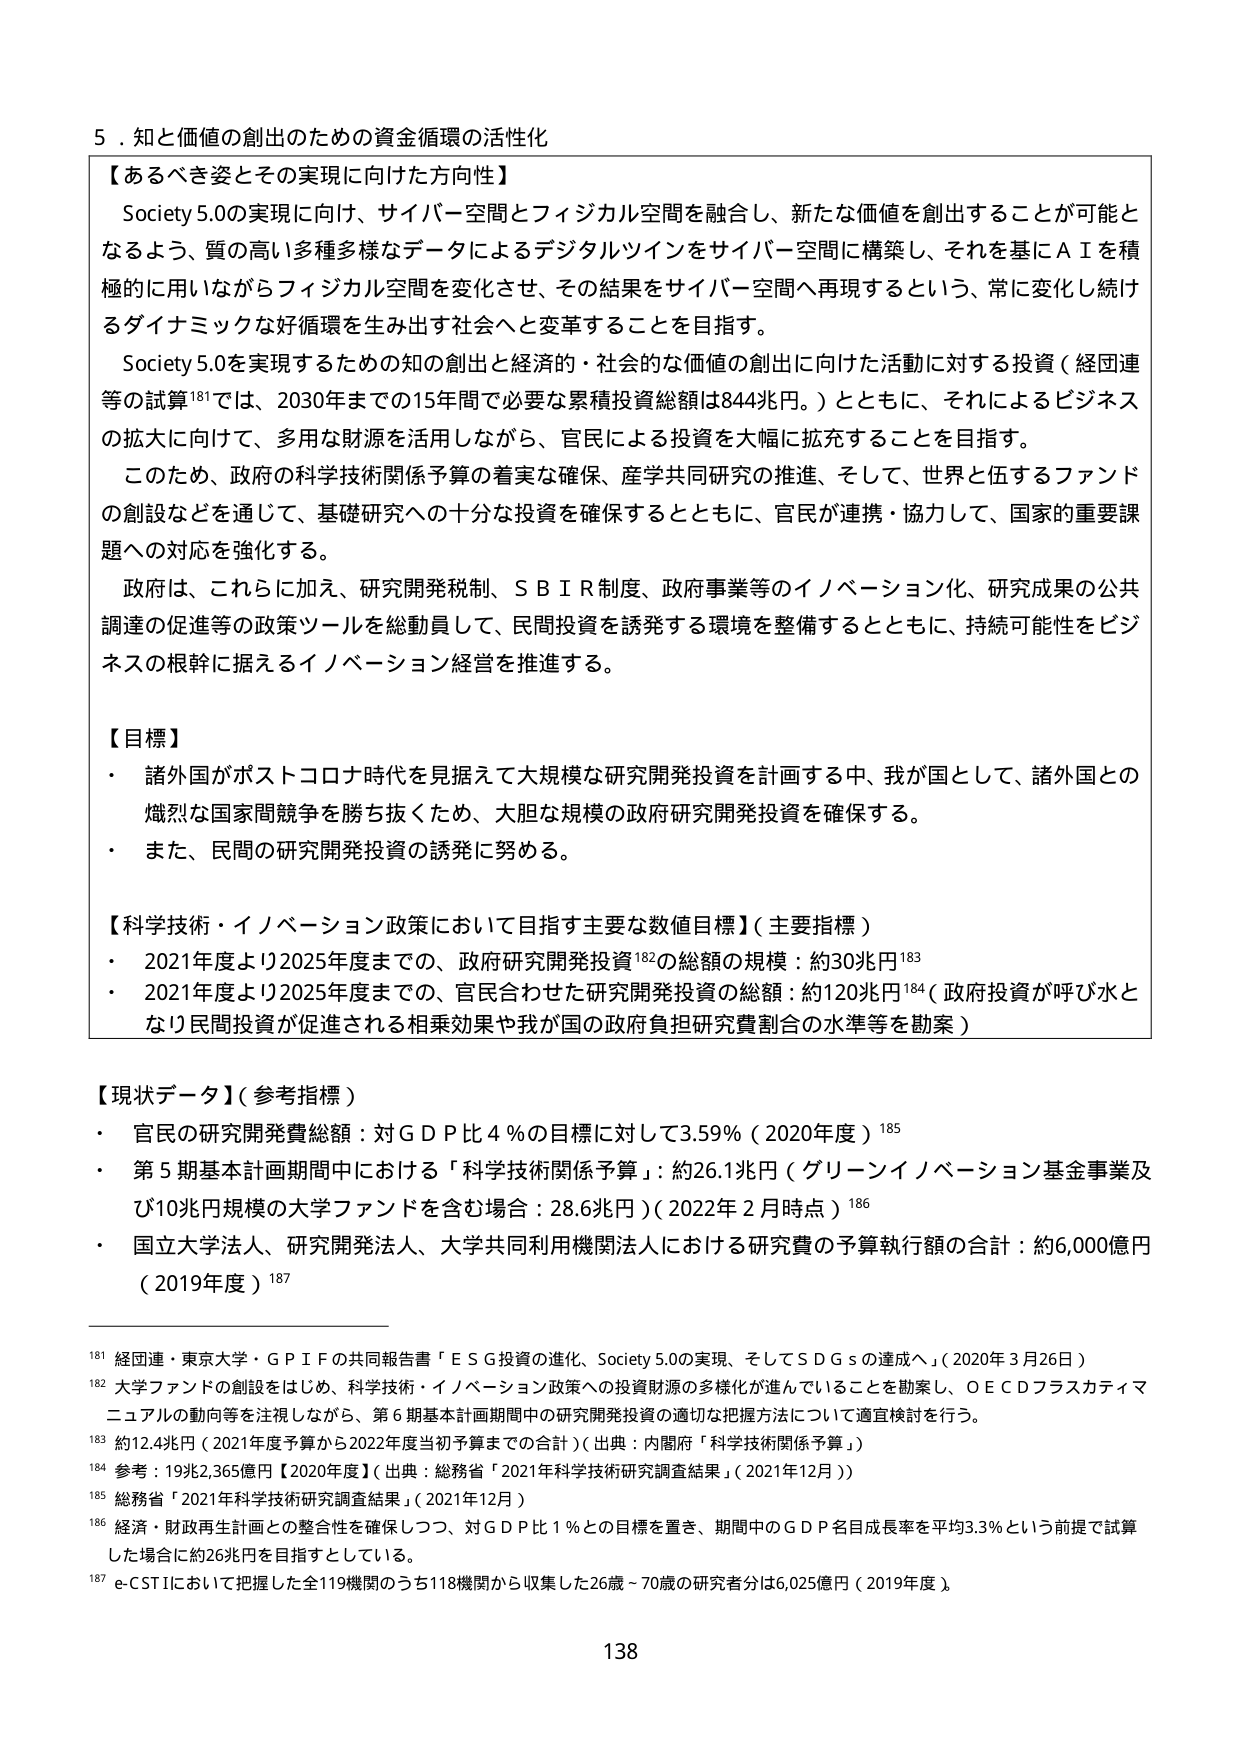
5．知と価値の創出のための資金循環の活性化

【あるべき姿とその実現に向けた方向性】
Society 5.0の実現に向け、サイバー空間とフィジカル空間を融合し、新たな価値を創出することが可能となるよう、質の高い多種多様なデータによるデジタルツインをサイバー空間に構築し、それを基にＡＩを積極的に用いながらフィジカル空間を変化させ、その結果をサイバー空間へ再現するという、常に変化し続けるダイナミックな好循環を生み出す社会へと変革することを目指す。
Society 5.0を実現するための知の創出と経済的・社会的な価値の創出に向けた活動に対する投資（経団連等の試算181では、2030年までの15年間で必要な累積投資総額は844兆円。）とともに、それによるビジネスの拡大に向けて、多用な財源を活用しながら、官民による投資を大幅に拡充することを目指す。
このため、政府の科学技術関係予算の着実な確保、産学共同研究の推進、そして、世界と伍するファンドの創設などを通じて、基礎研究への十分な投資を確保するとともに、官民が連携・協力して、国家的重要課題への対応を強化する。
政府は、これらに加え、研究開発税制、ＳＢＩＲ制度、政府事業等のイノベーション化、研究成果の公共調達の促進等の政策ツールを総動員して、民間投資を誘発する環境を整備するとともに、持続可能性をビジネスの根幹に据えるイノベーション経営を推進する。

【目標】
・ 諸外国がポストコロナ時代を見据えて大規模な研究開発投資を計画する中、我が国として、諸外国との熾烈な国家間競争を勝ち抜くため、大胆な規模の政府研究開発投資を確保する。
・ また、民間の研究開発投資の誘発に努める。

【科学技術・イノベーション政策において目指す主要な数値目標】（主要指標）
・ 2021年度より2025年度までの、政府研究開発投資182の総額の規模：約30兆円183
・ 2021年度より2025年度までの、官民合わせた研究開発投資の総額：約120兆円184（政府投資が呼び水となり民間投資が促進される相乗効果や我が国の政府負担研究費割合の水準等を勘案）

【現状データ】（参考指標）
・ 官民の研究開発費総額：対ＧＤＰ比４％の目標に対して3.59％（2020年度）185
・ 第５期基本計画期間中における「科学技術関係予算」：約26.1兆円（グリーンイノベーション基金事業及び10兆円規模の大学ファンドを含む場合：28.6兆円）（2022年２月時点）186
・ 国立大学法人、研究開発法人、大学共同利用機関法人における研究費の予算執行額の合計：約6,000億円（2019年度）187

181 経団連・東京大学・ＧＰＩＦの共同報告書「ＥＳＧ投資の進化、Society 5.0の実現、そしてＳＤＧｓの達成へ」（2020年３月26日）
182 大学ファンドの創設をはじめ、科学技術・イノベーション政策への投資財源の多様化が進んでいることを勘案し、ＯＥＣＤフラスカティマニュアルの動向等を注視しながら、第６期基本計画期間中の研究開発投資の適切な把握方法について適宜検討を行う。
183 約12.4兆円（2021年度予算から2022年度当初予算までの合計）（出典：内閣府「科学技術関係予算」）
184 参考：19兆2,365億円【2020年度】（出典：総務省「2021年科学技術研究調査結果」（2021年12月））
185 総務省「2021年科学技術研究調査結果」（2021年12月）
186 経済・財政再生計画との整合性を確保しつつ、対ＧＤＰ比１％との目標を置き、期間中のＧＤＰ名目成長率を平均3.3％という前提で試算した場合に約26兆円を目指すとしている。
187 e-CSTIにおいて把握した全119機関のうち118機関から収集した26歳～70歳の研究者分は6,025億円（2019年度）

138